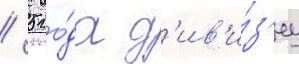
/ 5 го́да д'ив'и́з'иу